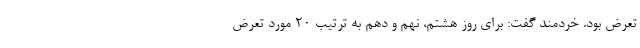
تعرض بود. خردمند گفت: برای روز هشتم، نهم و دهم به ترتیب ۲۰ مورد تعرض